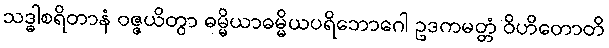
သဒ္ဓါစရိတာနံ ဝဇ္ဇယိတွာ ဓမ္မိယာဓမ္မိယပရိဘောဂေါ ဥဒကမတ္တံ ဝိဟိတောတိ